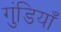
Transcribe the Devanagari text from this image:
गुंडियाँ